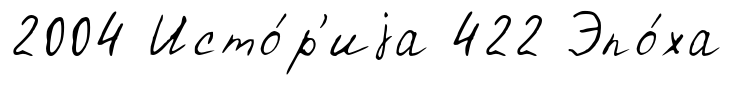
2004 Исто́р'иjа 422 Эпо́ха